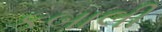
કબાલી